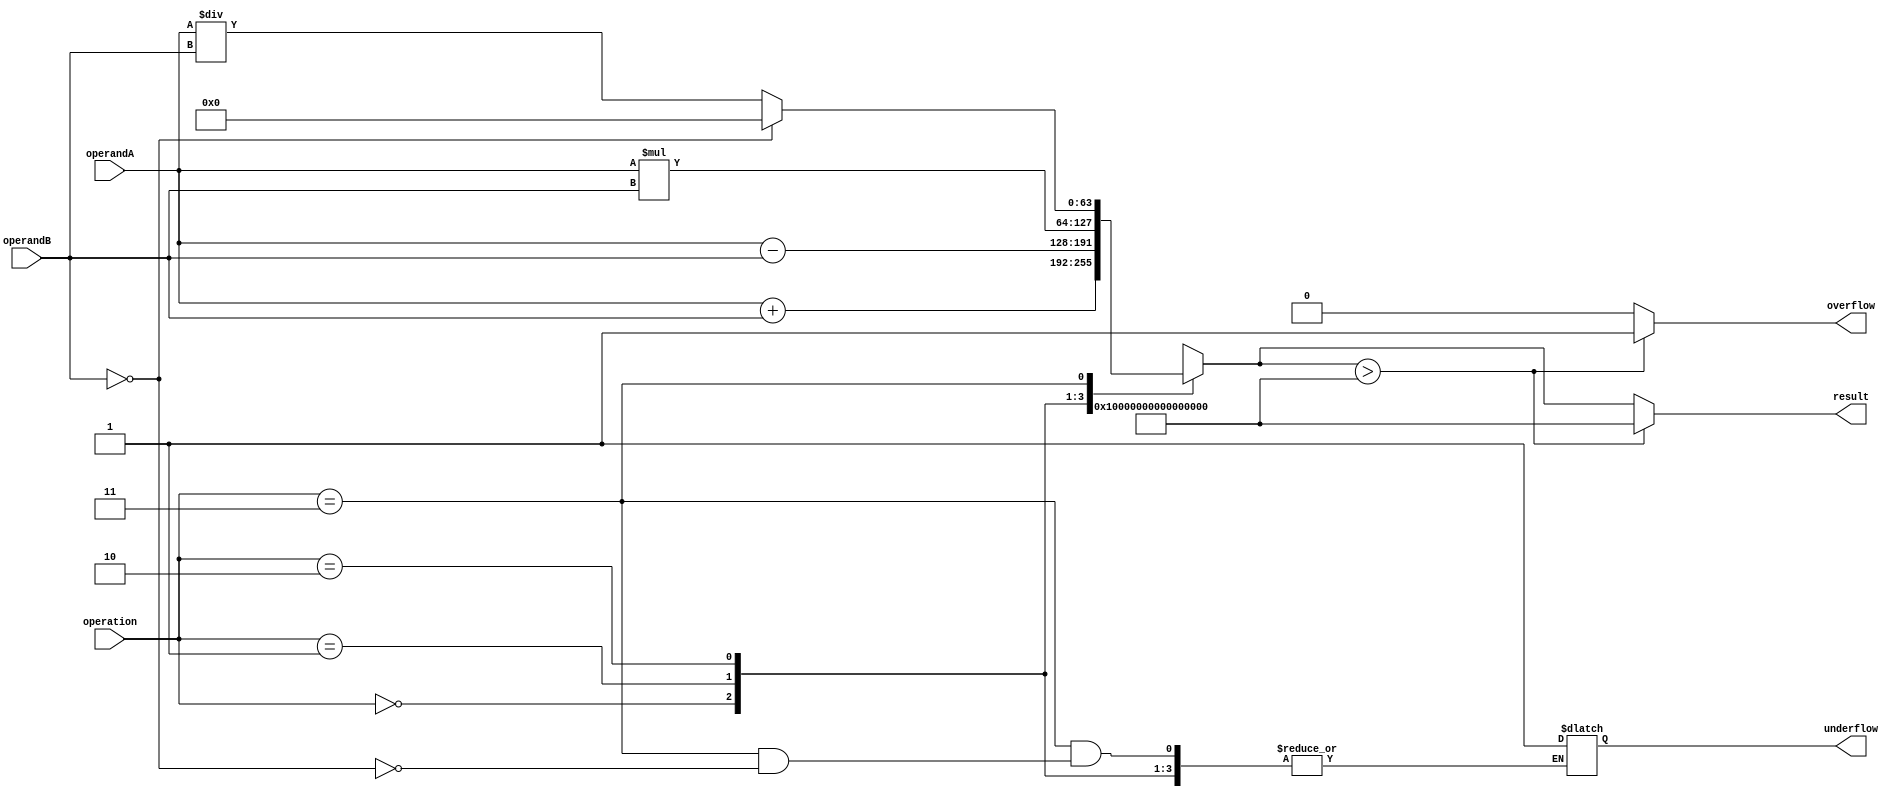
module TriplePrecisionFloatingPointUnit (
    input wire [63:0] operandA,
    input wire [63:0] operandB,
    input wire [1:0] operation, // 0: add, 1: subtract, 2: multiply, 3: divide
    output reg [63:0] result,
    output reg overflow,
    output reg underflow
);

reg [63:0] temp_result;
reg [1:0] rounding_mode;
reg [1:0] exception_handling;

always @ (*) begin
    case(operation)
        0: begin // Addition
            temp_result = operandA + operandB;
            rounding_mode = 0; // Round to nearest
            exception_handling = 0; // No exceptions
        end
        1: begin // Subtraction
            temp_result = operandA - operandB;
            rounding_mode = 0; // Round to nearest
            exception_handling = 0; // No exceptions
        end
        2: begin // Multiplication
            temp_result = operandA * operandB;
            rounding_mode = 0; // Round to nearest
            exception_handling = 0; // No exceptions
        end
        3: begin // Division
            if(operandB == 0) begin
                temp_result = 64'h0; // Set result to 0 if division by zero
                underflow = 1; // Set underflow flag
            end
            else begin
                temp_result = operandA / operandB;
                rounding_mode = 0; // Round to nearest
                exception_handling = 0; // No exceptions
            end
        end
        default: begin
            temp_result = 64'h0;
        end
    endcase
    
    // Check for overflow
    if(temp_result > 64'hFFFFFFFFFFFFFFFF) begin
        result = 64'hFFFFFFFFFFFFFFFF; // Set result to max value if overflow
        overflow = 1; // Set overflow flag
    end
    else begin
        result = temp_result;
        overflow = 0;
    end
end

endmodule